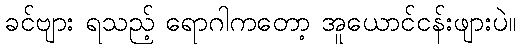
ခင်ဗျား ရသည့် ရောဂါကတော့ အူယောင်ငန်းဖျားပဲ။